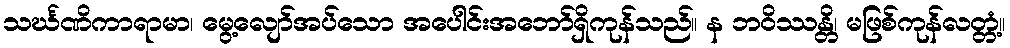
သင်္ဃဏိကာရာမာ၊ မွေ့လျော်အပ်သော အပေါင်းအဘော်ရှိကုန်သည်။ န ဘဝိဿန္တိ၊ မဖြစ်ကုန်လတ္တံ့။